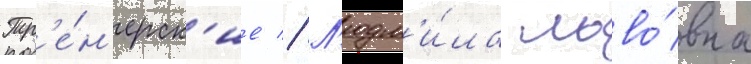
Тр'е́н'ерск'ие // Л'юдм'и́ла льво́вна